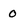
Character: 0